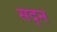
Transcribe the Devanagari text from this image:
सद्न